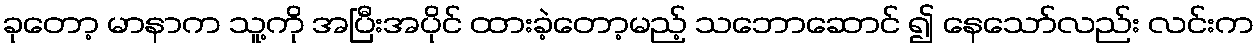
ခုတော့ မာနာက သူ့ကို အပြီးအပိုင် ထားခဲ့တော့မည့် သဘောဆောင် ၍ နေသော်လည်း လင်းက